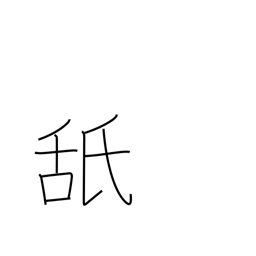
Meaning: taste